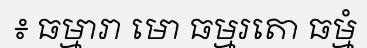
៖ ធម្មារា មោ ធម្មរតោ ធម្មំ